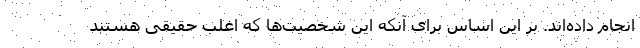
انجام داده‌اند. بر این اساس برای آنکه این شخصیت‌ها که اغلب حقیقی هستند